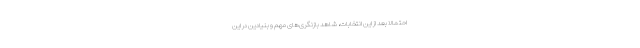
احتمالا بعد از این انتخابات، شاهد بازنگری‌های مهم و بنیادین در این